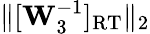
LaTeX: \lVert[\mathbf{W}_{3}^{-1}]_{\mathrm{RT}}\rVert_{2}